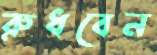
রুধবেন